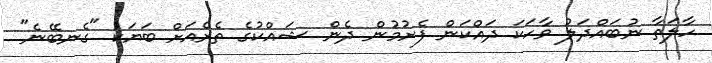
ހާލަތާ ނުބައްދަލު ވާހަކަ ދައްކަން ފެށުމުން ދެން ޝައްކުގެ ތެރެއަށް ބަޔަކު "ގެނބޭނެ"